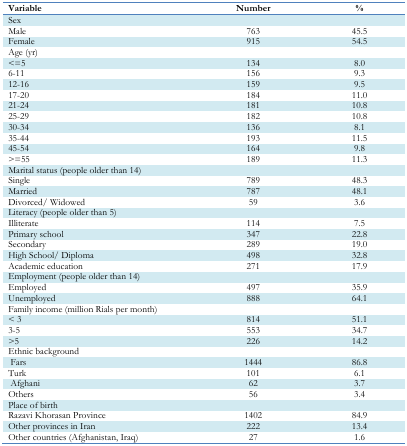
| Variable | Number | % |
 | --- | --- | --- |
 | <COLSPAN=3> Sex |
 | Male | 763 | 45.5 |
 | Female | 915 | 54.5 |
 | <COLSPAN=3> Age (yr) |
 | <=5 | 134 | 8.0 |
 | 6–11 | 156 | 9.3 |
 | 12–16 | 159 | 9.5 |
 | 17–20 | 184 | 11.0 |
 | 21–24 | 181 | 10.8 |
 | 25–29 | 182 | 10.8 |
 | 30–34 | 136 | 8.1 |
 | 35–44 | 193 | 11.5 |
 | 45–54 | 164 | 9.8 |
 | >=55 | 189 | 11.3 |
 | <COLSPAN=3> Marital status (people older than 14) |
 | Single | 789 | 48.3 |
 | Married | 787 | 48.1 |
 | Divorced/ Widowed | 59 | 3.6 |
 | <COLSPAN=3> Literacy (people older than 5) |
 | Illiterate | 114 | 7.5 |
 | Primary school | 347 | 22.8 |
 | Secondary | 289 | 19.0 |
 | High School/ Diploma | 498 | 32.8 |
 | Academic education | 271 | 17.9 |
 | <COLSPAN=3> Employment (people older than 14) |
 | Employed | 497 | 35.9 |
 | Unemployed | 888 | 64.1 |
 | <COLSPAN=3> Family income (million Rials per month) |
 | < 3 | 814 | 51.1 |
 | 3–5 | 553 | 34.7 |
 | >5 | 226 | 14.2 |
 | <COLSPAN=3> Ethnic background |
 | Fars | 1444 | 86.8 |
 | Turk | 101 | 6.1 |
 | Afghani | 62 | 3.7 |
 | Others | 56 | 3.4 |
 | <COLSPAN=3> Place of birth |
 | Razavi Khorasan Province | 1402 | 84.9 |
 | Other provinces in Iran | 222 | 13.4 |
 | Other countries (Afghanistan, Iraq) | 27 | 1.6 |